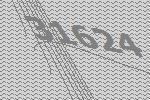
31624